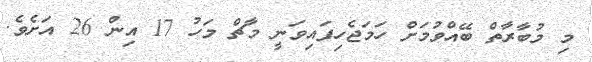
މި މުބާރާތް ބޭއްވުމަށް ހަމަޖެހިފައިވަނީ މާޗް މަހު 17 އިން 26 އަށެވެ.